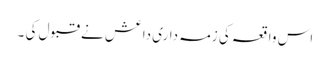
اس واقعہ کی زمہ داری داعش نے قبول کی ۔